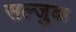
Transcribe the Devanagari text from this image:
सल्जुक